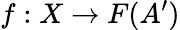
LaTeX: f:X\to F(A^{\prime})